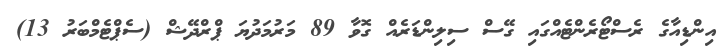
އިންޑިއާގެ ރެސްޓޯރެންޓެއްގައި ގޭސް ސިލިންޑަރެއް ގޮވާ 89 މަރުމަދުޔަ ޕްރްދޭޝް (ސެޕްޓެމްބަރު 13)